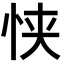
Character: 𫺂